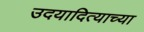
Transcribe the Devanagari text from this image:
उदयादित्याच्या